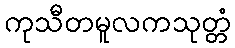
ကုသီတမူလကသုတ္တံ